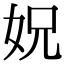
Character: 㚾